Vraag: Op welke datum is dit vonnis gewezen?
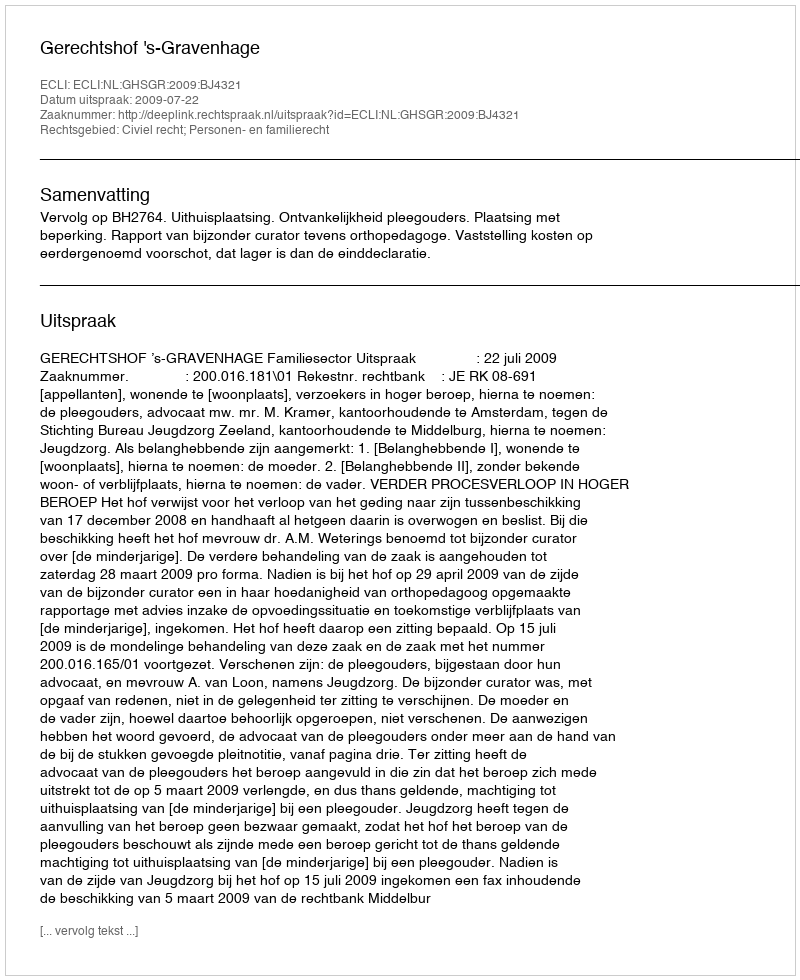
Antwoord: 2009-07-22